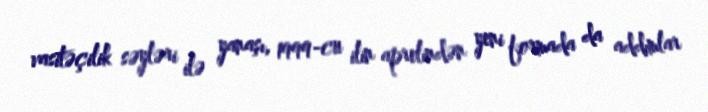
vasitəçilik səyləri ilə yanaşı, 1999-cu ilin aprelindən yeni formada da addımlar